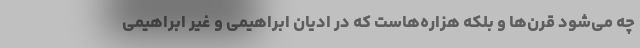
چه می‌شود قرن‌ها و بلکه هزاره‌هاست که در ادیان ابراهیمی و غیر ابراهیمی